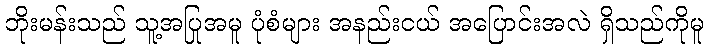
ဘိုးမန်းသည် သူ့အပြုအမူ ပုံစံများ အနည်းငယ် အပြောင်းအလဲ ရှိသည်ကိုမူ